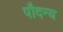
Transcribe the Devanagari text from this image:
पौदन्य